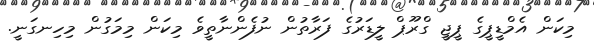
މިކަން އެމްޑީޕީގެ ޕީޖީ ގްރޫޕް ލީޑަރުގެ ފަރާތުން ނުފެންނާތީވެ މިކަން މިމަގުން މިހިނގަނީ.